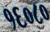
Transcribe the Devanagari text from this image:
१६०८०